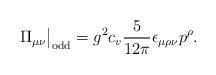
LaTeX: \begin{align*}\Pi_{\mu\nu}\big|_\mathrm{odd}=g^2c_v\frac{5}{12\pi}\epsilon_{\mu\rho\nu}p^\rho.\end{align*}